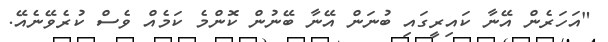
"އަހަރެން އޭނާ ކައިރީގައި ބުނަން އޭނާ ބޭނުން ކޮންމެ ކަމެއް ވެސް ކުރެވޭނެއޭ.